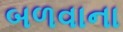
બળવાના